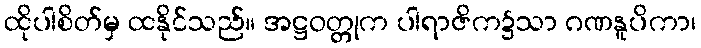
ထိုပါစိတ်မှ ထနိုင်သည်။ အဋ္ဌဝတ္တုက ပါရာဇိက၌သာ ဂဏနူပိကာ၊